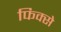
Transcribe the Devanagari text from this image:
फिक्से